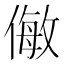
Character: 𠍁